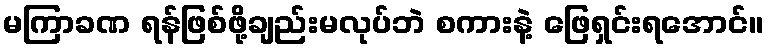
မကြာခဏ ရန်ဖြစ်ဖို့ချည်းမလုပ်ဘဲ စကားနဲ့ ဖြေရှင်းရအောင်။